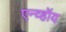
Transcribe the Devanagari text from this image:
एन्व्हॉय